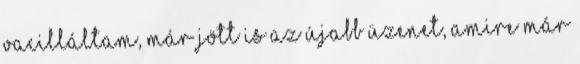
vacilláltam, már jött is az újabb üzenet, amire már